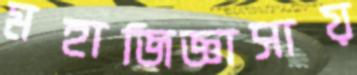
মহাজিজ্ঞাসায়